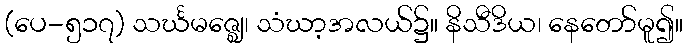
(ပေ-၅၁၇) သင်္ဃမဇ္ဈေ၊ သံဃာ့အလယ်၌။ နိသီဒိယ၊ နေတော်မူ၍။